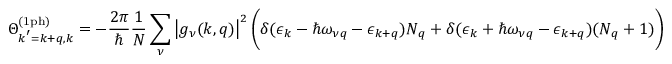
\Theta _ { \boldsymbol { k } ^ { \prime } = \boldsymbol { k } + \boldsymbol { q } , \boldsymbol { k } } ^ { \mathrm { ( 1 p h ) } } = - \frac { 2 \pi } { \hbar } \frac { 1 } { N } \sum _ { \nu } \left| g _ { \nu } ( \boldsymbol { k } , \boldsymbol { q } ) \right| ^ { 2 } \bigg ( \delta ( \epsilon _ { \boldsymbol { k } } - \hbar \omega _ { \nu \boldsymbol { q } } - \epsilon _ { \boldsymbol { k } + \boldsymbol { q } } ) N _ { \boldsymbol { q } } + \delta ( \epsilon _ { \boldsymbol { k } } + \hbar \omega _ { \nu \boldsymbol { q } } - \epsilon _ { \boldsymbol { k } + \boldsymbol { q } } ) ( N _ { \boldsymbol { q } } + 1 ) \bigg )